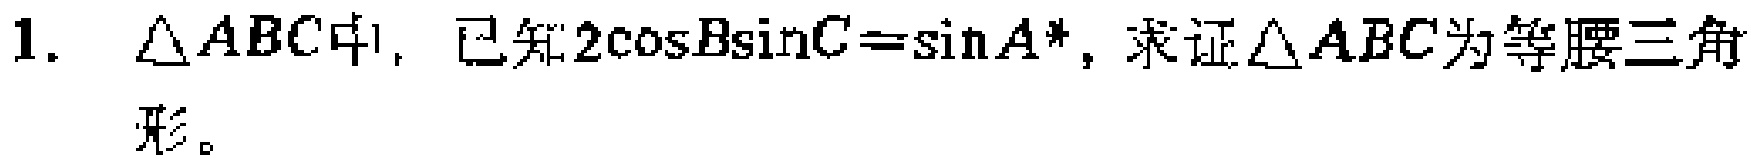
1. $\triangle ABC$中，已知$2\cos B\sin C = \sin A$，求证$\triangle ABC$为等腰三角形。